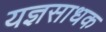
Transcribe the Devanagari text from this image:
यज्ञसाधक